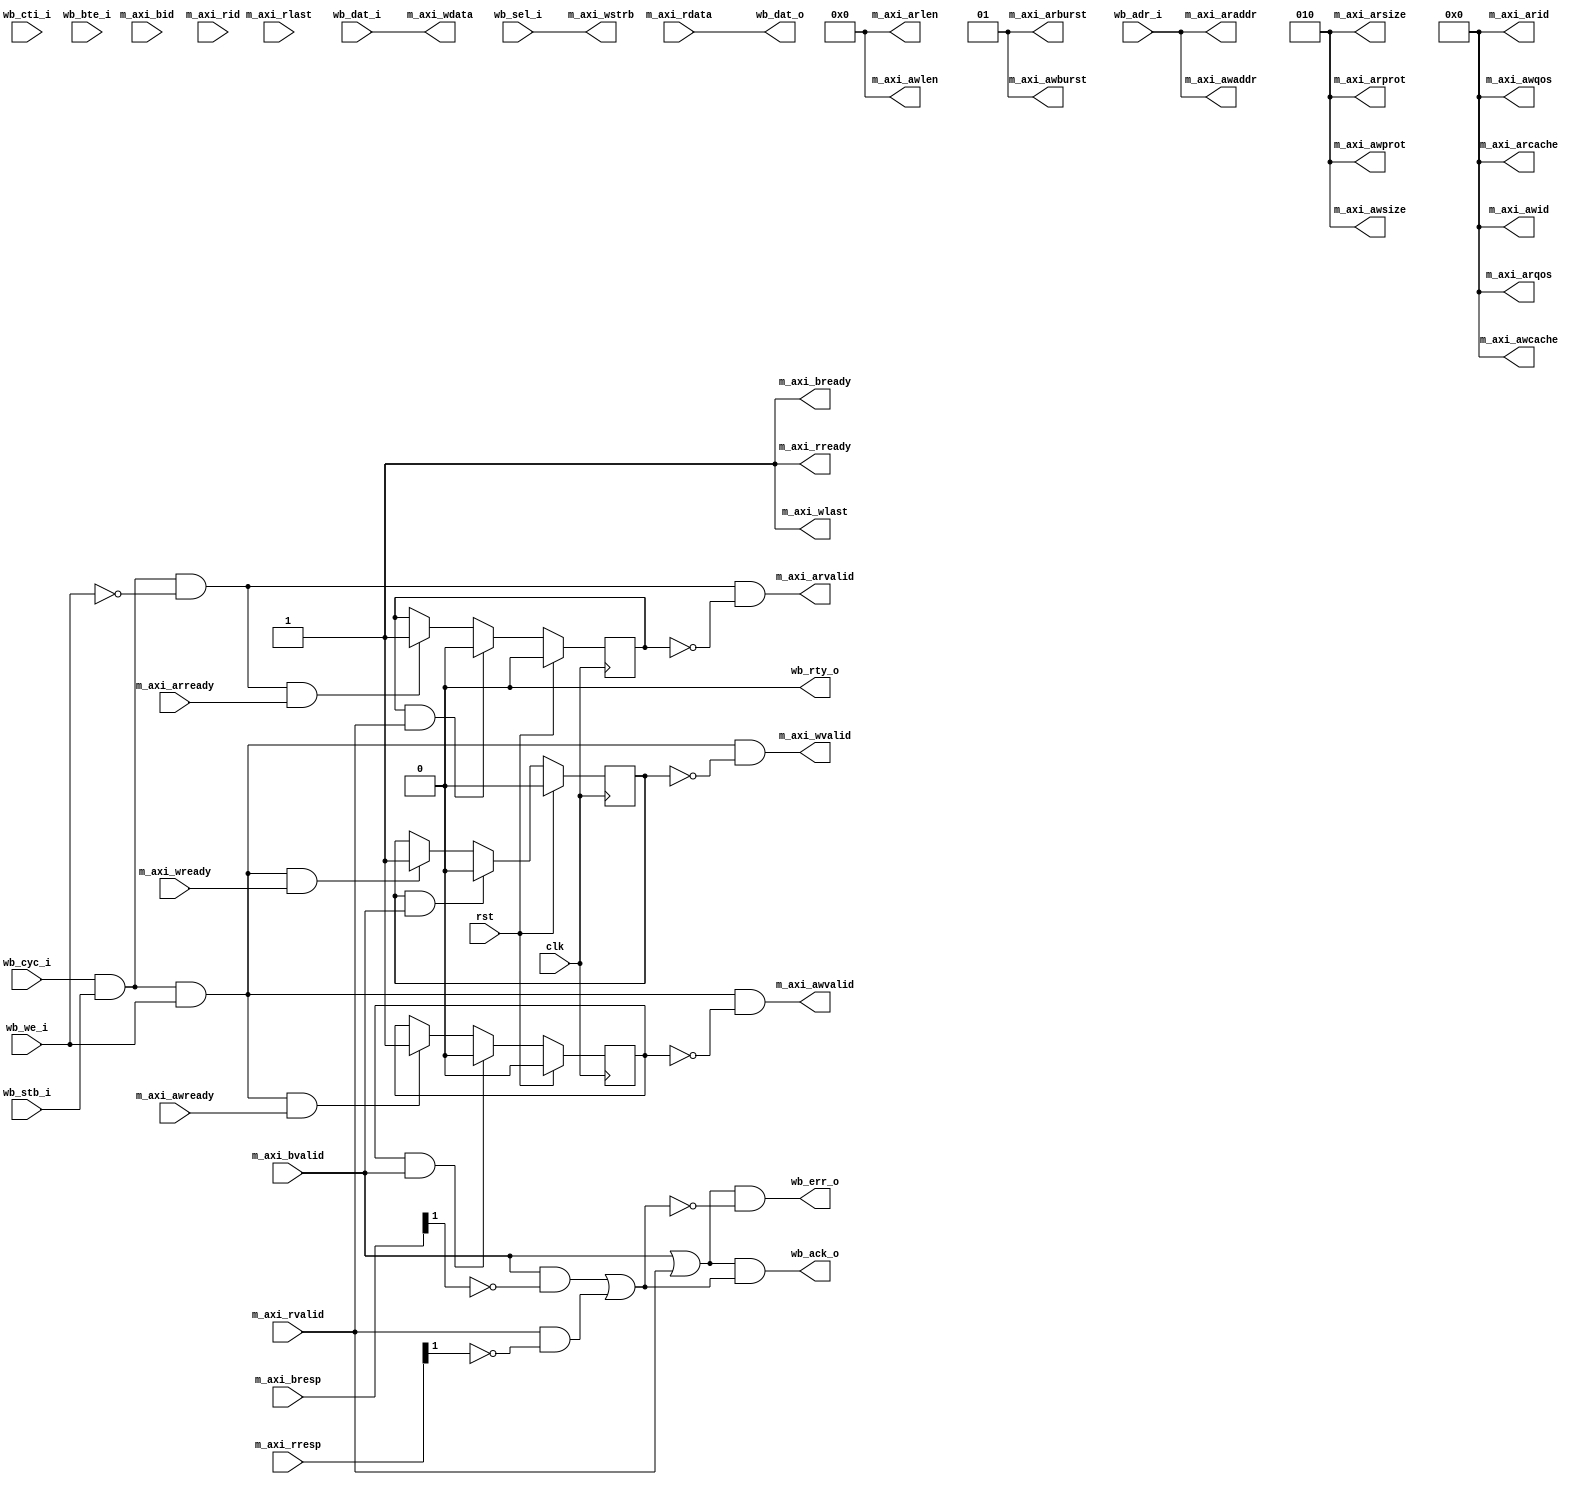
// Copyright 2016 by the authors
//
// Copyright and related rights are licensed under the Solderpad
// Hardware License, Version 0.51 (the "License"); you may not use
// this file except in compliance with the License. You may obtain a
// copy of the License at http://solderpad.org/licenses/SHL-0.51.
// Unless required by applicable law or agreed to in writing,
// software, hardware and materials distributed under this License is
// distributed on an "AS IS" BASIS, WITHOUT WARRANTIES OR CONDITIONS
// OF ANY KIND, either express or implied. See the License for the
// specific language governing permissions and limitations under the
// License.
//
// Authors:
//    Stefan Wallentowitz <stefan@wallentowitz.de>

module wb2axi
  #(parameter DATA_WIDTH = 32,
    parameter ADDR_WIDTH = 28,
    parameter AXI_ID_WIDTH = 4,
    parameter AXI_ID = 0)
   (
    input                     clk,
    input                     rst,

    // Wishbone signals
    input                     wb_cyc_i,
    input                     wb_stb_i,
    input                     wb_we_i,
    input [ADDR_WIDTH-1:0]    wb_adr_i,
    input [DATA_WIDTH-1:0]    wb_dat_i,
    input [DATA_WIDTH/8-1:0]  wb_sel_i,
    input [2:0]               wb_cti_i,
    input [1:0]               wb_bte_i,
    output                    wb_ack_o,
    output                    wb_err_o,
    output                    wb_rty_o,
    output [DATA_WIDTH-1:0]   wb_dat_o,

    // AXI signals
    output [AXI_ID_WIDTH-1:0] m_axi_awid,
    output [ADDR_WIDTH-1:0]   m_axi_awaddr,
    output [7:0]              m_axi_awlen,
    output [2:0]              m_axi_awsize,
    output [1:0]              m_axi_awburst,
    output [3:0]              m_axi_awcache,
    output [2:0]              m_axi_awprot,
    output [3:0]              m_axi_awqos,
    output                    m_axi_awvalid,
    input                     m_axi_awready,

    output [DATA_WIDTH-1:0]   m_axi_wdata,
    output [DATA_WIDTH/8-1:0] m_axi_wstrb,
    output                    m_axi_wlast,
    output                    m_axi_wvalid,
    input                     m_axi_wready,
    
    input [AXI_ID_WIDTH-1:0]  m_axi_bid,
    input [1:0]               m_axi_bresp,
    input                     m_axi_bvalid,
    output                    m_axi_bready,
    
    output [AXI_ID_WIDTH-1:0] m_axi_arid,
    output [ADDR_WIDTH-1:0]   m_axi_araddr,
    output [7:0]              m_axi_arlen,
    output [2:0]              m_axi_arsize,
    output [1:0]              m_axi_arburst,
    output [3:0]              m_axi_arcache,
    output [2:0]              m_axi_arprot,
    output [3:0]              m_axi_arqos,
    output                    m_axi_arvalid,
    input                     m_axi_arready,
    
    input [AXI_ID_WIDTH-1:0]  m_axi_rid,
    input [DATA_WIDTH-1:0]    m_axi_rdata,
    input [1:0]               m_axi_rresp,
    input                     m_axi_rlast,
    input                     m_axi_rvalid,
    output                    m_axi_rready
    );

   assign m_axi_awid = AXI_ID;
   assign m_axi_awaddr = wb_adr_i;
   assign m_axi_awlen = 0;
   assign m_axi_awsize = DATA_WIDTH >> 4;
   assign m_axi_awburst = 2'b01;
   assign m_axi_awcache = 4'b0000;
   assign m_axi_awprot = 3'b010;
   assign m_axi_awqos = 4'b0000;

   assign m_axi_wdata = wb_dat_i;
   assign m_axi_wstrb = wb_sel_i;
   assign m_axi_wlast = 1;

   assign m_axi_arid = AXI_ID;
   assign m_axi_araddr = wb_adr_i;
   assign m_axi_arlen = 0;
   assign m_axi_arsize = DATA_WIDTH >> 4;
   assign m_axi_arburst = 2'b01;
   assign m_axi_arcache = 4'b0000;
   assign m_axi_arprot = 3'b010;
   assign m_axi_arqos = 4'b0000;
   
   wire                             write_transfer;
   wire                             read_transfer;
   
   assign write_transfer = (wb_cyc_i & wb_stb_i) & wb_we_i;
   assign read_transfer = (wb_cyc_i & wb_stb_i) & !wb_we_i;

   reg                               awdone, wdone, ardone;

   always @(posedge clk) begin
      if (rst) begin
         awdone <= 0;
         wdone <= 0;
         ardone <= 0;
      end else begin
         if (awdone & m_axi_bvalid)
           awdone <= 0;
         else if (write_transfer & m_axi_awready)
           awdone <= 1;

         if (wdone & m_axi_bvalid)
           wdone <= 0;
         else if (write_transfer & m_axi_wready)
           wdone <= 1;

         if (ardone & m_axi_rvalid)
           ardone <= 0;
         else if (read_transfer & m_axi_arready)
           ardone <= 1;
      end
   end
   
   assign m_axi_awvalid = write_transfer & !awdone;
   assign m_axi_wvalid = write_transfer & !wdone;
   assign m_axi_arvalid = read_transfer & !ardone;

   assign m_axi_bready = 1;
   assign m_axi_rready = 1;
   
   wire transfer_done, transfer_success;
   assign transfer_done = m_axi_bvalid | m_axi_rvalid;
   assign transfer_success = (m_axi_bvalid & !m_axi_bresp[1]) |
                             (m_axi_rvalid & !m_axi_rresp[1]);

   assign wb_ack_o = transfer_done & transfer_success;
   assign wb_err_o = transfer_done & !transfer_success;
   assign wb_rty_o = 0;

   assign wb_dat_o = m_axi_rdata;

   
endmodule // wb2axi